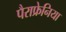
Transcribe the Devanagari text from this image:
पैराफ्रेनिया